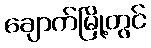
ချောက်မြို့တွင်